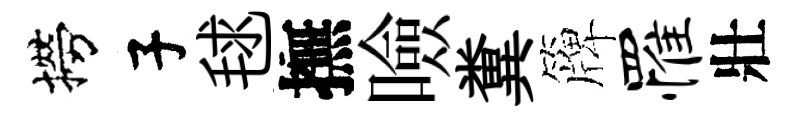
撈子毬撫噞糞簰罹壯